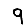
Digit: 9